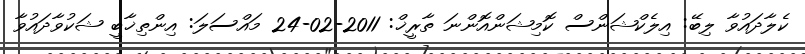
ކެލާދައުވާ ލިބޭ: އިލެކްޝަންސް ކޮމިޝަންއޮންނަ ތާރީޚް: 2011-02-24 މައްސަލަ: އިންތިޚާބީ ޝަކުވާދައުވާ